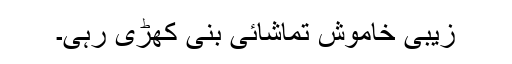
زیبی خاموش تماشائی بنی کھڑی رہی۔